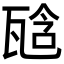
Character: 𤭙